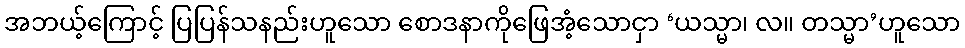
အဘယ့်ကြောင့် ပြပြန်သနည်းဟူသော စောဒနာကိုဖြေအံ့သောငှာ ‘ယသ္မာ၊ လ။ တသ္မာ’ဟူသော